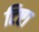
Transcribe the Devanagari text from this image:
टिष्टा